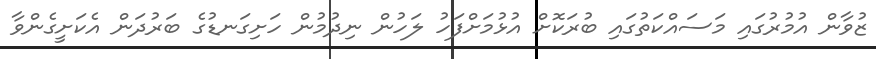
ޒުވާން އުމުރުގައި މަސައްކަތުގައި ބުރަކޮށް އުޅުމަށްފަހު ލަހުން ނިދުމުން ހަށިގަނޑުގެ ބަރުދަން އެކަށީގެންވާ